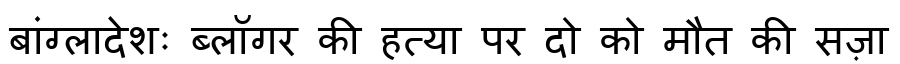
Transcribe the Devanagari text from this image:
बांग्लादेशः ब्लॉगर की हत्या पर दो को मौत की सज़ा